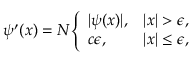
\psi ^ { \prime } ( x ) = N { \left\{ \begin{array} { l l } { | \psi ( x ) | , } & { | x | > \epsilon , } \\ { c \epsilon , } & { | x | \leq \epsilon , } \end{array} \right. }